NAE_kihelkonnakohtute_kirjad_ja_protokollid_1869-1889, lk 4
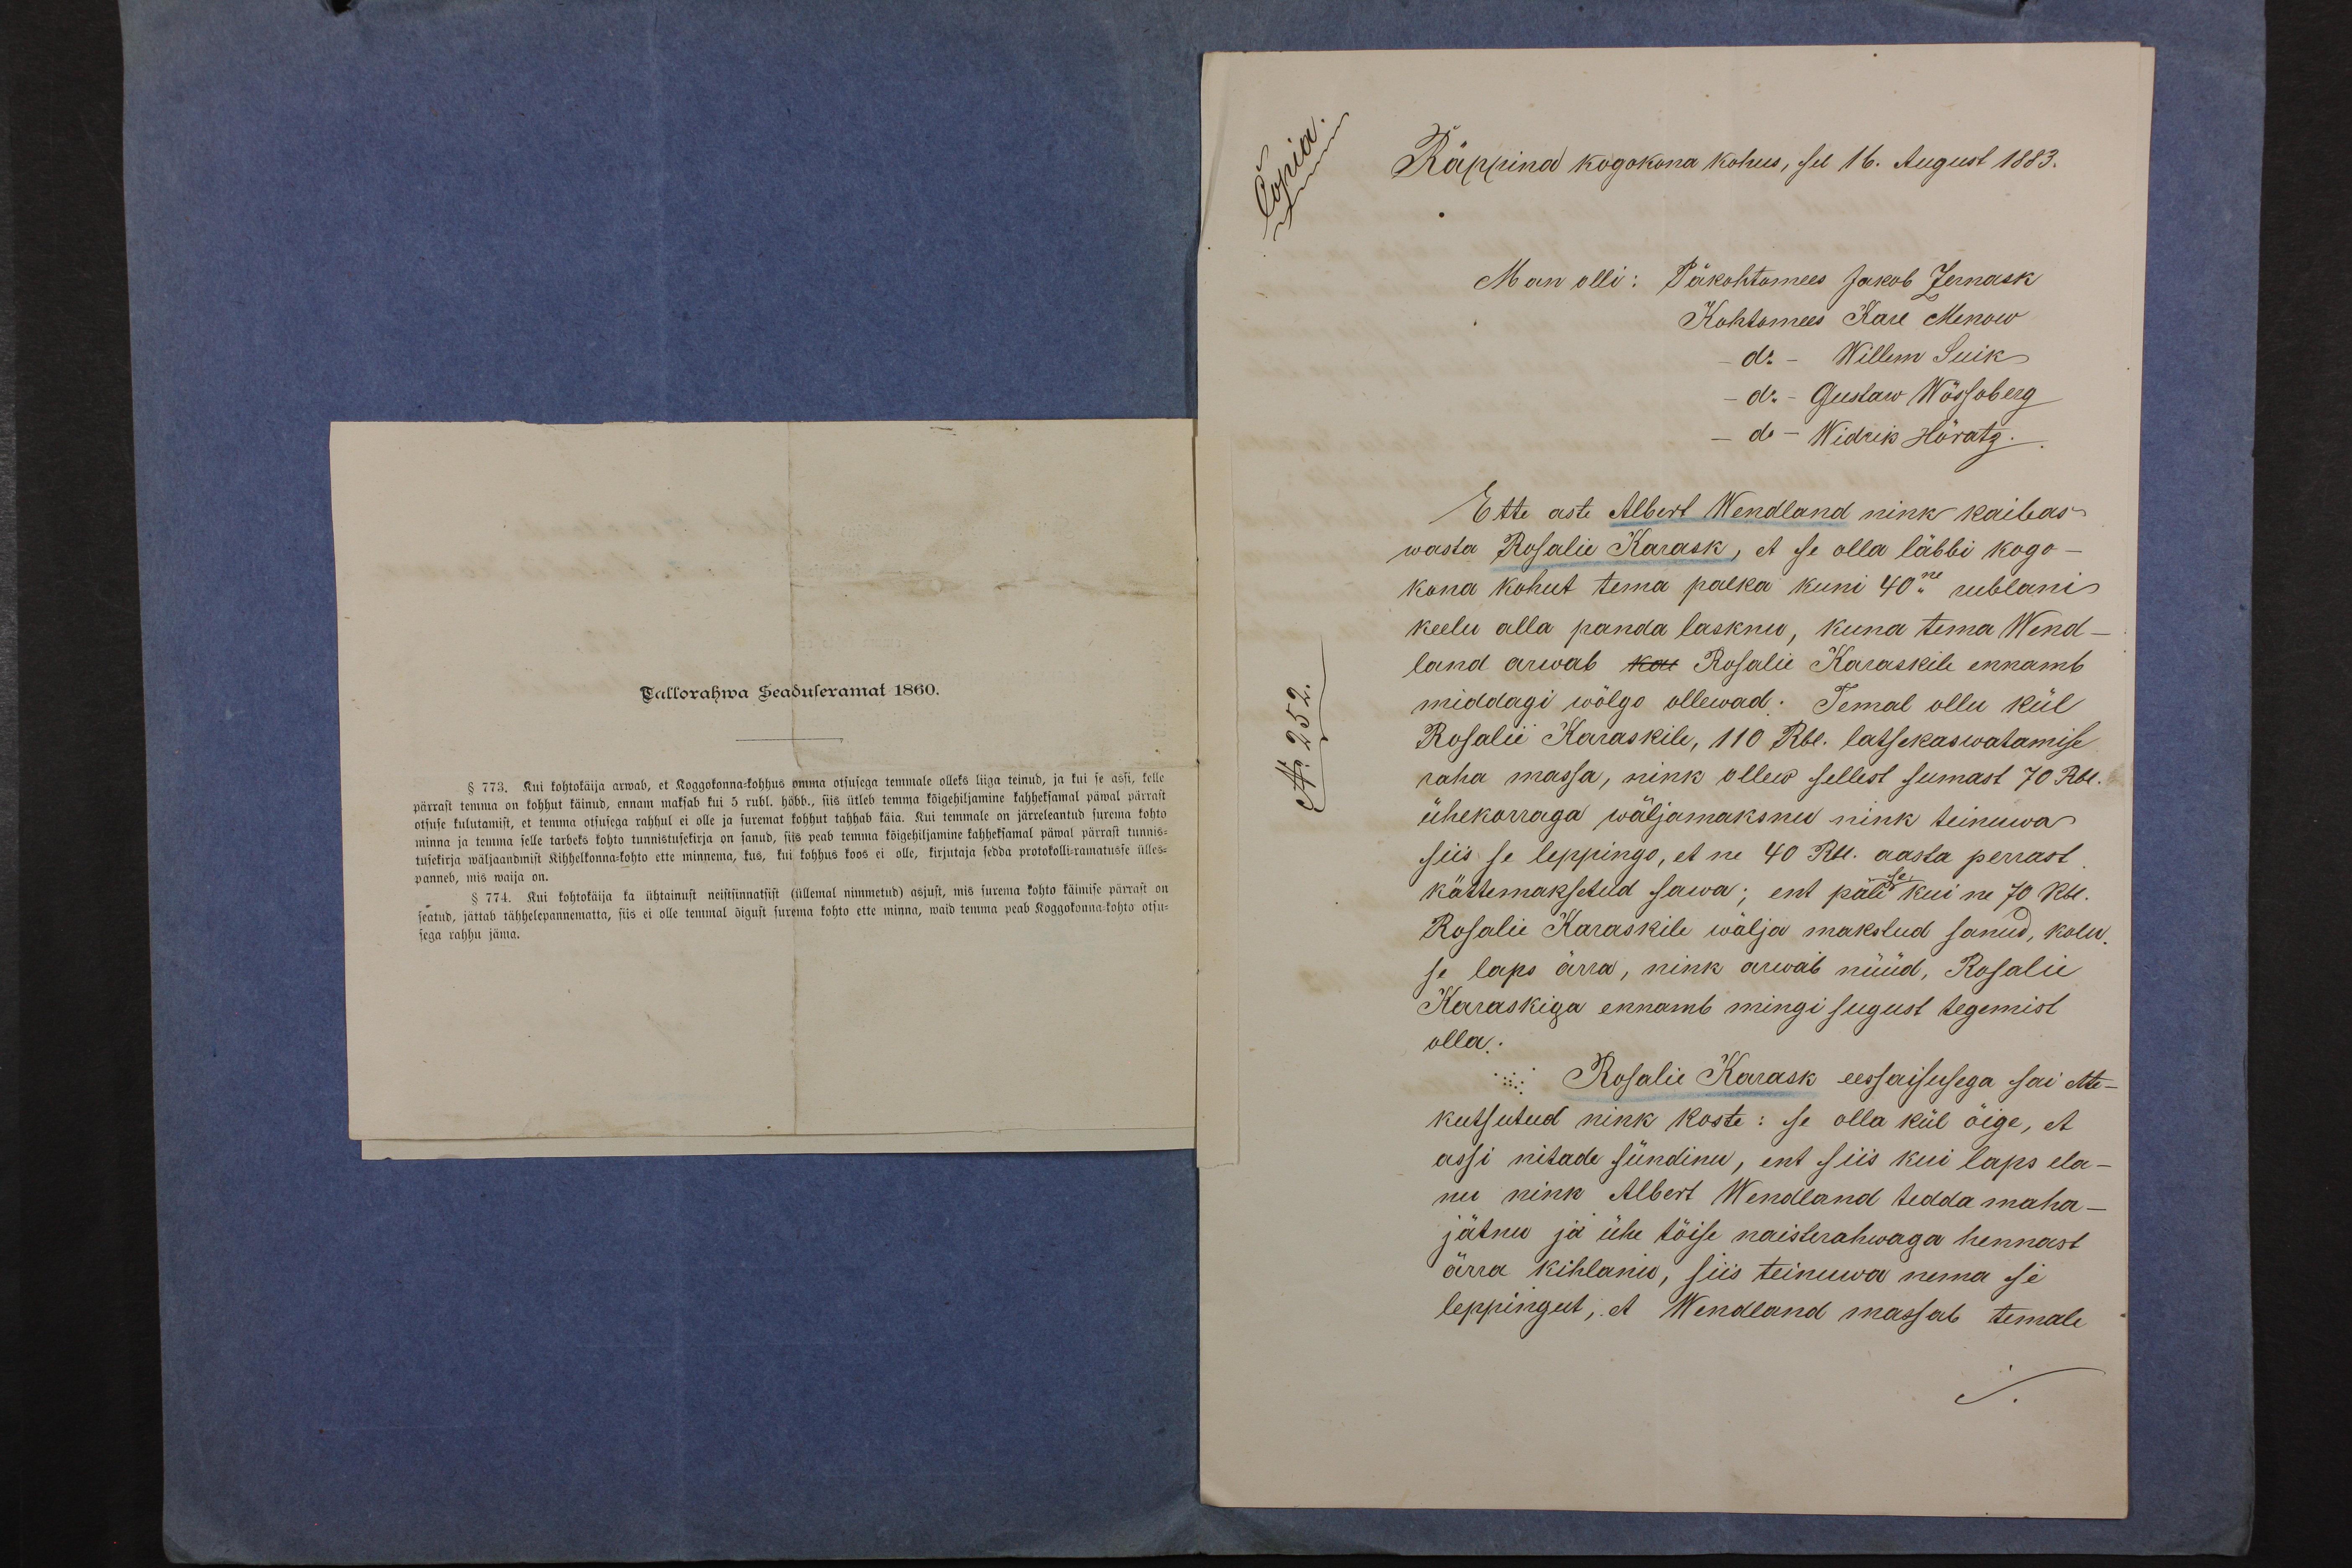
Räppina kogokona kohus, sel 16. August 1883.
Man olli: Päkohtomees Jakob Zernask
Ette aste Albert Wendland nink kaibas
wasta Rosalie Karask, et se olla läbbi kogo-
kona kohut tema palka kuni 40ne rublani
keelu alla panda lasknu, kuna tema Wend-
land arwab ka Rosalie Karaskile ennamb
middagi wõlgo ollewad: Temal ollu kül
Rosalie Karaskile, 110 Rbl. latsekaswatamise
raha massa, nink ollew sellest sumast 70 Rbl.
ühekorraga wäljamaksnu nink teinuwa
siis se leppingo, et ne 40 Rbl. aasta perrast
kättemaksetud sawa: ent päli kui ne 70 Rbl.
Rosalie Karaskile wälja makstud sanud, koln
se laps ärra, nink arwab nüüd, Rosalie
Karaskiga ennamb mingi sugust tegemist
olla.
Rosalie Karask eesseisusega sai ette-
kutsutud nink koste: se olla kül õige, et
assi nitade sündinu, ent siis kui laps ela-
nu nink Albert Wendland tedda maha-
jätnu ja ühe tõise naisterahwaga hennast
ärra kihlanu, siis teinuwa nema se
leppingut; et Wendland massab temale